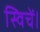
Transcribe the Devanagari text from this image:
स्विचें।